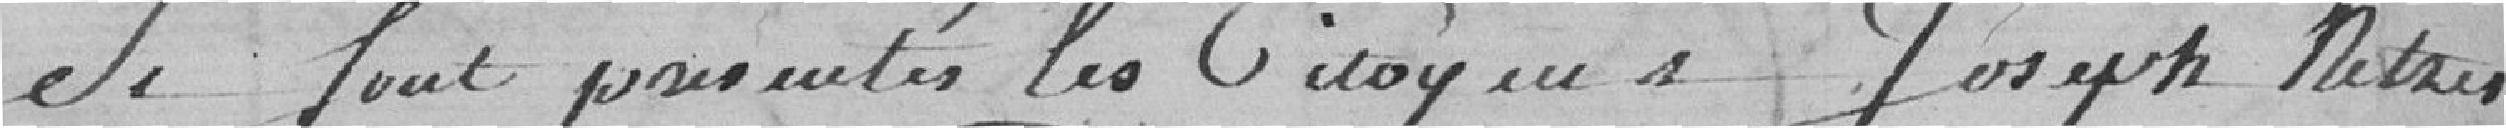
Se sont présentés les citoyens Joseph Metzer